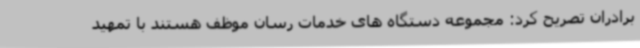
برادران تصریح کرد: مجموعه دستگاه های خدمات رسان موظف هستند با تمهید